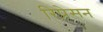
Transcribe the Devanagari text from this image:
रिप्रेसन